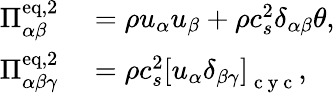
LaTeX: \begin{array}{rl}{\Pi_{\alpha\beta}^{\mathrm{eq,2}}}&{{}=\rho u_{\alpha}u_{\beta}+\rho c_{s}^{2}\delta_{\alpha\beta}\theta,}\\ {\Pi_{\alpha\beta\gamma}^{\mathrm{eq,2}}}&{{}=\rho c_{s}^{2}\left[u_{\alpha}\delta_{\beta\gamma}\right]_{\mathrm{~c~y~c~}},}\end{array}